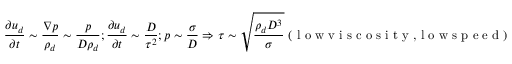
\frac { \partial u _ { d } } { \partial t } \sim \frac { \nabla p } { \rho _ { d } } \sim \frac { p } { D \rho _ { d } } ; \frac { \partial u _ { d } } { \partial t } \sim \frac { D } { \tau ^ { 2 } } ; p \sim \frac { \sigma } { D } \Rightarrow \tau \sim \sqrt { \frac { \rho _ { d } D ^ { 3 } } { \sigma } } ~ ( \textrm { l o w v i s c o s i t y , l o w s p e e d } )